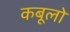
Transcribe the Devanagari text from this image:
कबूलो